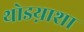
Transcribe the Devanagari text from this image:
थोडय़ाशा